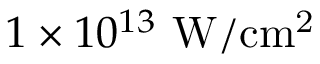
1 \times 1 0 ^ { 1 3 } \ \mathrm { { W / c m ^ { 2 } } }